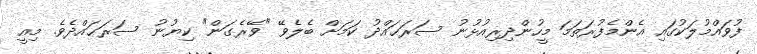
ފުވައްމުލަކުގައި އެންމެފުރަތަމަ މީހުންދިރިއުޅުނު ސަރަޙައްދު ކަމަށް ބެލެވޭ "ވޭރެގަން" ކިޔުނު ސަރަޙައްދެވެ. މިއީ